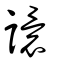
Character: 譞